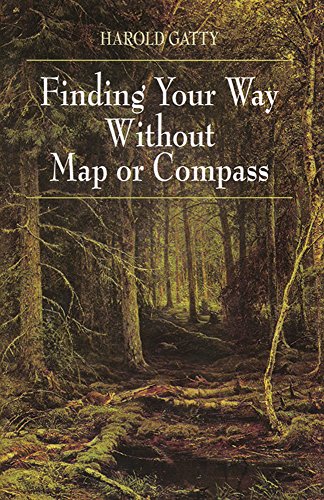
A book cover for Finding Your Way Without Map or Compass; Harold Gatty; Science & Math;